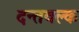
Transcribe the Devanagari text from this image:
दन्तवल्क